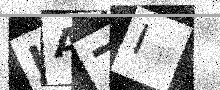
Text: IA7I